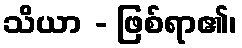
သိယာ - ဖြစ်ရာ၏၊